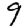
Digit: 9